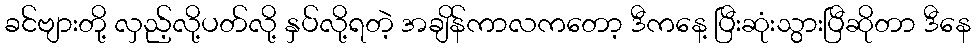
ခင်ဗျားတို့ လှည့်လို့ပတ်လို့ နှပ်လို့ရတဲ့ အချိန်ကာလကတော့ ဒီကနေ့ ပြီးဆုံးသွားပြီဆိုတာ ဒီနေ